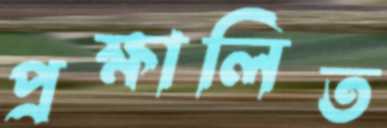
প্রক্ষালিত